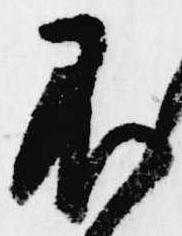
不